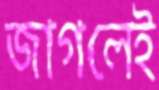
জাগলেই